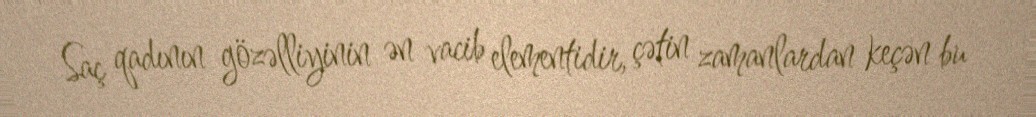
Saç qadının gözəlliyinin ən vacib elementidir, çətin zamanlardan keçən bu